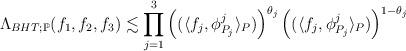
LaTeX: \begin{align*}\Lambda_{BHT;\mathbb{P}}(f_1,f_2,f_3) \lesssim \prod _{j=1}^{3} \left( (\langle f_j, \phi_{P_j}^j \rangle_P) \right)^{\theta_j} \left( (\langle f_j, \phi_{P_j}^j \rangle_P)\right)^{1-\theta_j}\end{align*}